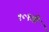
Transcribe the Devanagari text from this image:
१०१वी